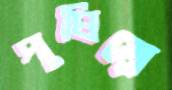
পূষিয়ে